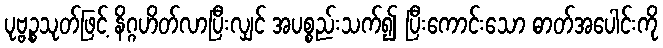
ပုဗ္ဗဉ္စသုတ်ဖြင့် နိဂ္ဂဟိတ်လာပြီးလျှင် အပစ္စည်းသက်၍ ပြီးကောင်းသော ဓာတ်အပေါင်းကို